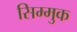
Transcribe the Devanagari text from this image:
सिम्मुक